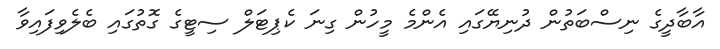
އާބާދީގެ ނިސްބަތުން ދުނިޔޭގައި އެންމެ މީހުން ގިނަ ކެޕިޓަލް ސިޓީގެ ގޮތުގައި ބެލެވިފައިވާ